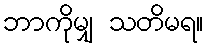
ဘာကိုမျှ သတိမရ။